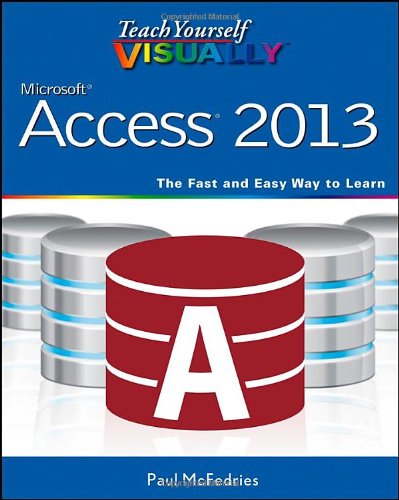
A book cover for Teach Yourself VISUALLY Access 2013; Computers & Technology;